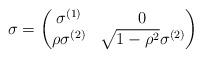
LaTeX: \begin{align*}\sigma= \begin{pmatrix}\sigma^{(1)} &0\\ \rho \sigma^{(2)} &\sqrt{1-\rho^2} \sigma^{(2)}\end{pmatrix}\end{align*}